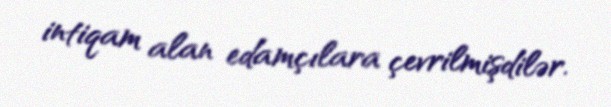
intiqam alan edamçılara çevrilmişdilər.